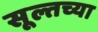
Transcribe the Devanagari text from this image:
सूल्तच्या